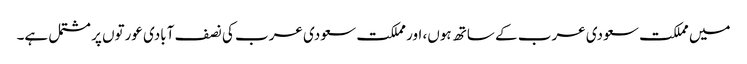
میں مملکت سعودی عرب کے ساتھ ہوں، اور مملکت سعودی عرب کی نصف آبادی عورتوں پر مشتمل ہے۔